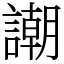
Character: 謿